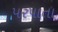
પરપાતા